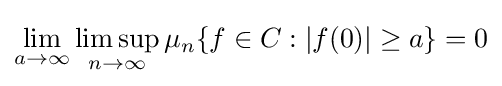
\lim _{a\to \infty }\limsup _{n\to \infty }\mu _{n}\{f\in C:|f(0)|\geq a\}=0